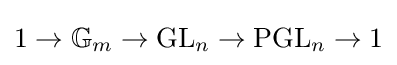
1\to \mathbb {G} _{m}\to {\text{GL}}_{n}\to {\text{PGL}}_{n}\to 1